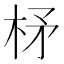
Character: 柕